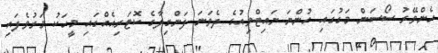
ހެންވޭރު ސޯސަން މަގުގައި ހުންނަ ނައިޓްވިއުގެ ދެވަނަ ފަންގިލާގެ ކޮޓަރިއެއްގައި މީހަކު މަރުވެފައި